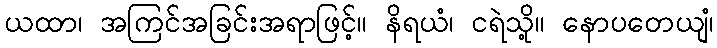
ယထာ၊ အကြင်အခြင်းအရာဖြင့်။ နိရယံ၊ ငရဲသို့။ နောပတေယျံ၊